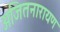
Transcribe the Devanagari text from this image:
अजितनारायण